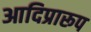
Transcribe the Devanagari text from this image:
आदिप्रारूप